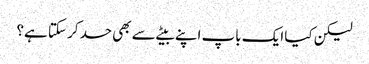
لیکن کیا ایک باپ اپنے بیٹے سے بھی حسد کر سکتا ہے؟